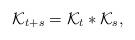
LaTeX: \begin{align*}\mathcal{K}_{t+s}=\mathcal{K}_{t}\ast \mathcal{K}_s,\end{align*}